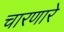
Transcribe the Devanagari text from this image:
चारणारे